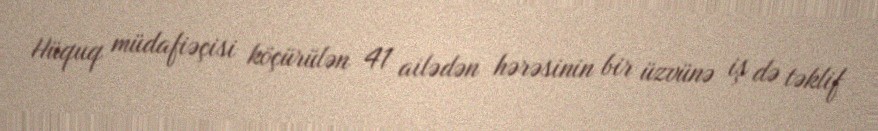
Hüquq müdafiəçisi köçürülən 41 ailədən hərəsinin bir üzvünə iş də təklif